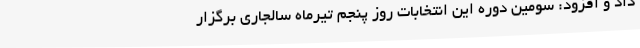
داد و افزود: سومین دوره این انتخابات روز پنجم تیرماه سالجاری برگزار